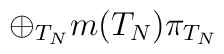
\oplus _{T_{N}}m(T_{N})\pi _{T_{N}}\,\,\,\,